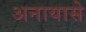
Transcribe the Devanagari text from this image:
अनायासे